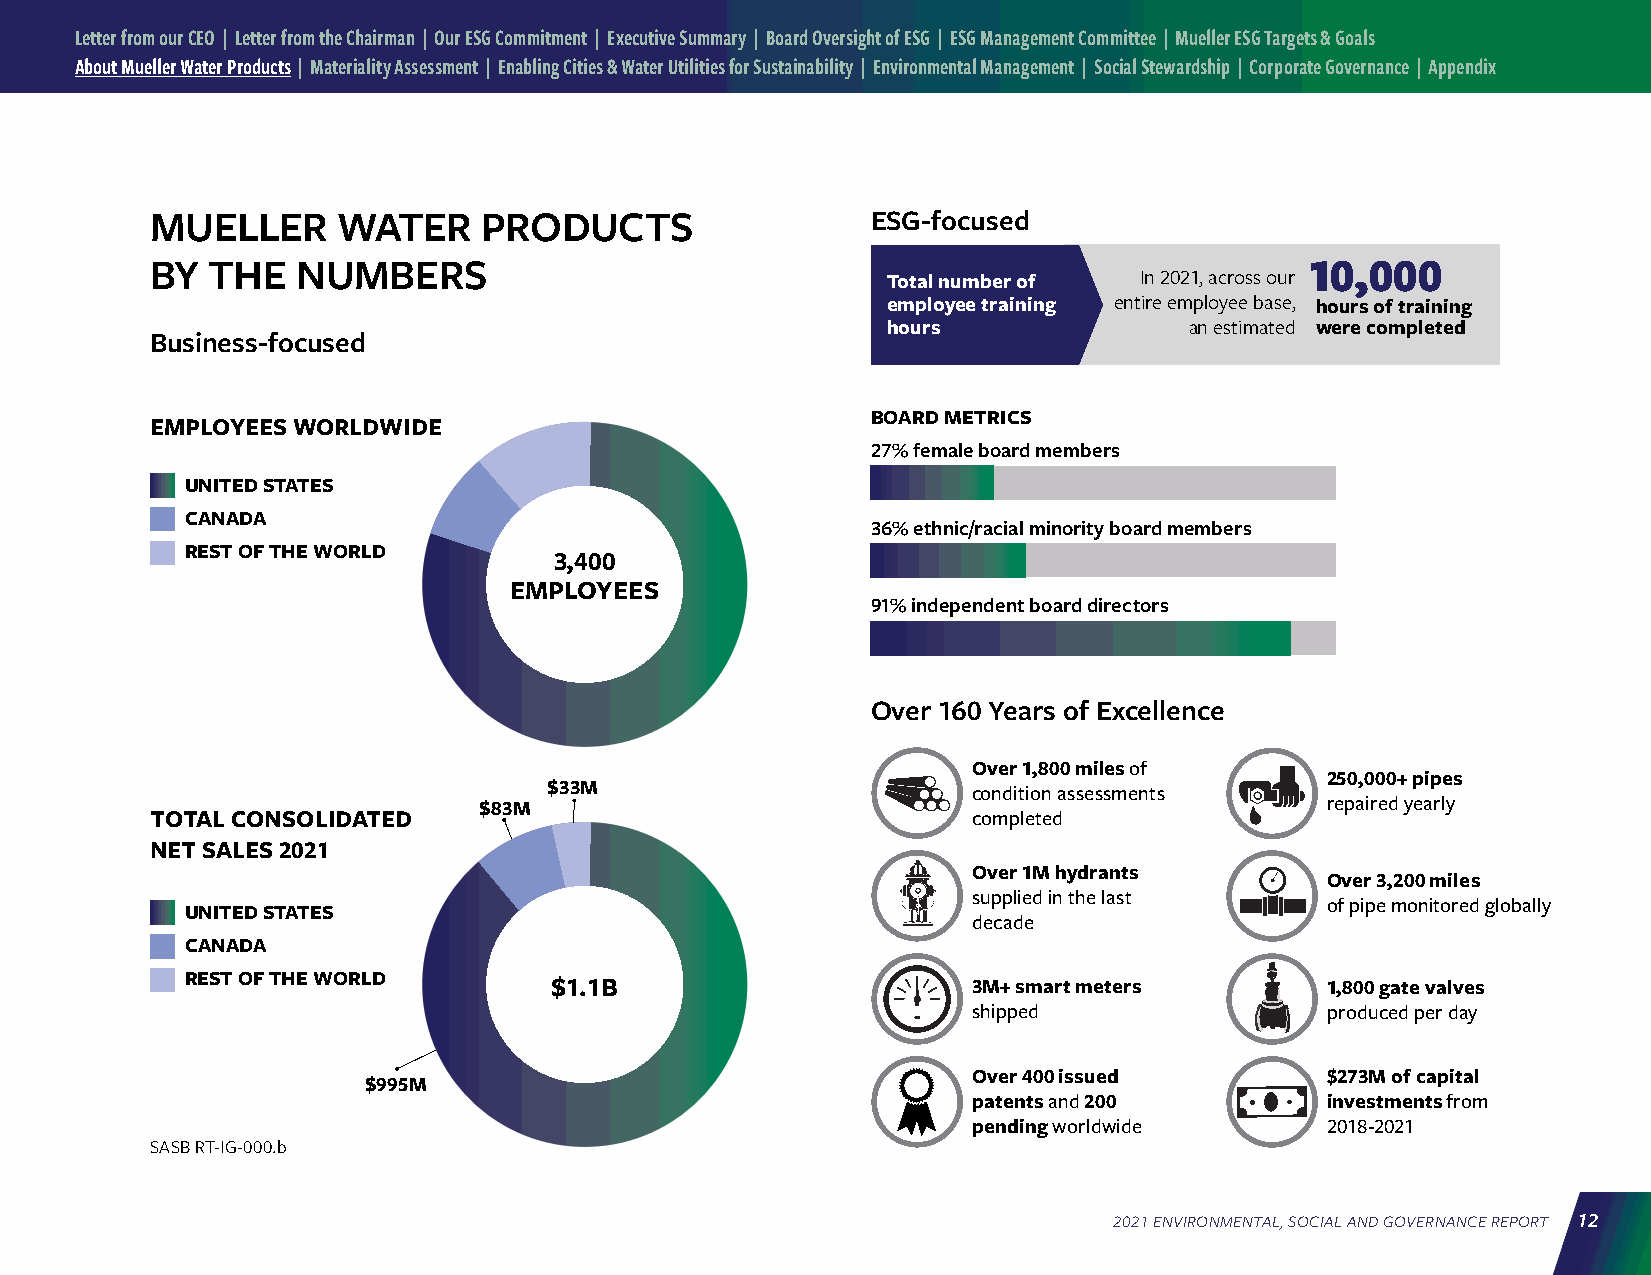
Letter from our CEO | Letter from the Chairman | Our ESG Commitment | Executive Summary | Board Oversight of ESG | ESG Management Committee | Mueller ESG Targets & Goals
 About Mueller Water Products | Materiality Assessment | Enabling Cities & Water Utilities for Sustainability | Environmental Management | Social Stewardship | Corporate Governance | Appendix
 MUELLER     WATER     PRODUCTS                  ESG-focused
 BY  THE   NUMBERS                                                            10,000
 Total number of In 2021, across our
 employee training entire employee base, hours of training
 hours               an estimated were completed
 Business-focused
 BOARD METRICS
 EMPLOYEES WORLDWIDE
 27% female board members
 UNITED STATES
 CANADA
 36% ethnic/racial minority board members
 REST OF THE WORLD
 3,400
 EMPLOYEES
 91% independent board directors
 Over 160 Years of Excellence
 Over 1,800 miles of
 250,000+ pipes
 $33M                        condition assessments
 $83M                                                    repaired yearly
 TOTAL CONSOLIDATED                                    completed
 NET SALES 2021
 Over 1M hydrants
 Over 3,200 miles
 supplied in the last
 of pipe monitored globally
 UNITED STATES
 decade
 CANADA
 REST OF THE WORLD       $1.1B                       3M+ smart meters        1,800 gate valves
 shipped                 produced per day
 Over 400 issued         $273M of capital
 $995M
 patents and 200         investments from
 pending worldwide       2018-2021
 SASB RT-IG-000.b
 2021 ENVIRONMENTAL, SOCIAL AND GOVERNANCE REPORT 12